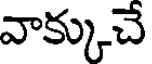
వాక్కుచే